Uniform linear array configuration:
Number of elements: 32
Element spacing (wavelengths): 0.25
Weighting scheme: hamming
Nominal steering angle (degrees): -15
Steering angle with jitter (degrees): -16.825
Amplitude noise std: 0.05
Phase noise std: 0.05

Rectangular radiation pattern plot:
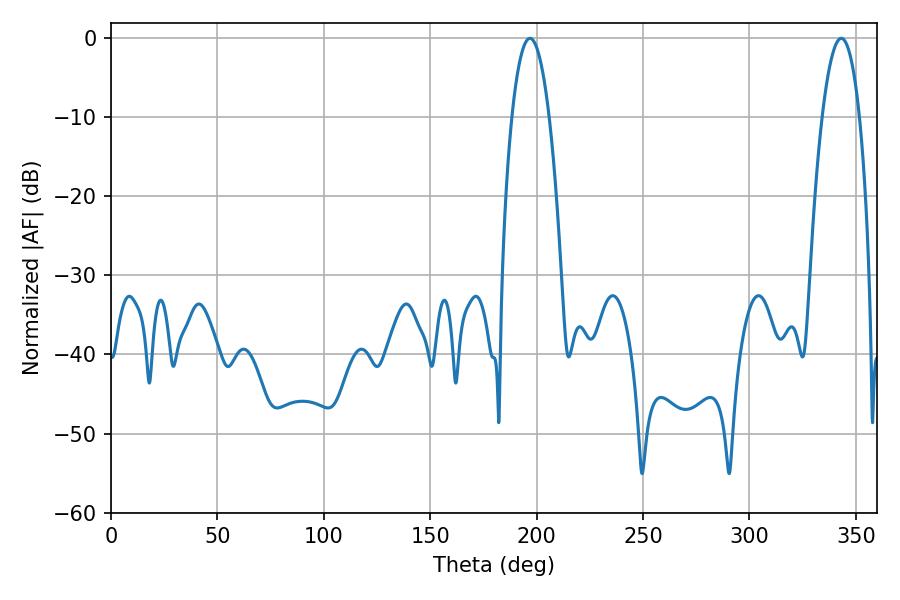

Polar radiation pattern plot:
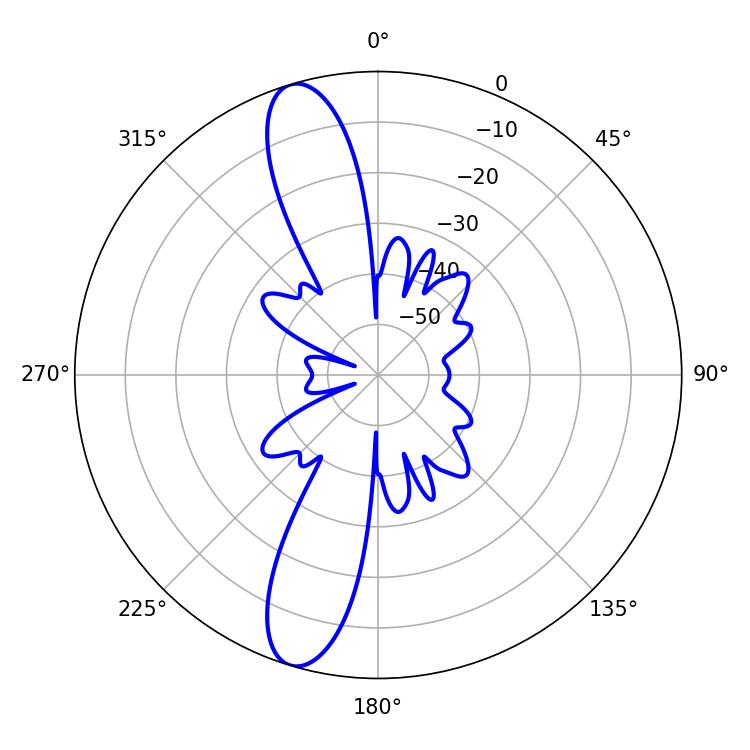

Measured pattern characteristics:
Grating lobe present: FALSE
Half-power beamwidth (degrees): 9.72
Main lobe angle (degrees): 196.92